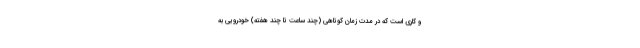
و کاری است که در مدت زمان کوتاهی (چند ساعت تا چند هفته) خودرویی به